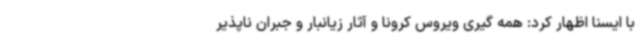
با ایسنا اظهار کرد: همه گیری ویروس کرونا و آثار زیانبار و جبران ناپذیر